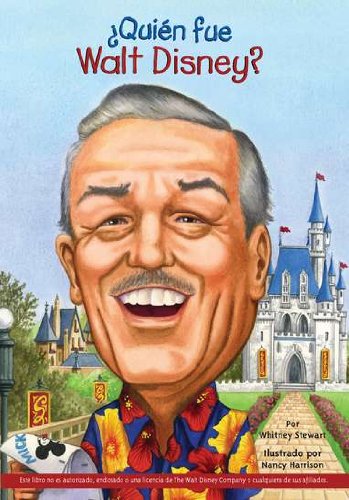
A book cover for Â¿QuiÃ©n fue Walt Disney? (Who Was...?) (Spanish Edition); Whitney Stewart; Children's Books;